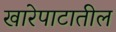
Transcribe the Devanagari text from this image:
खारेपाटातील